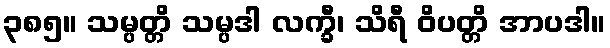
၃၈၅။ သမ္ပတ္တိ သမ္ပဒါ လက္ခီ၊ သိရီ ဝိပတ္တိ အာပဒါ။